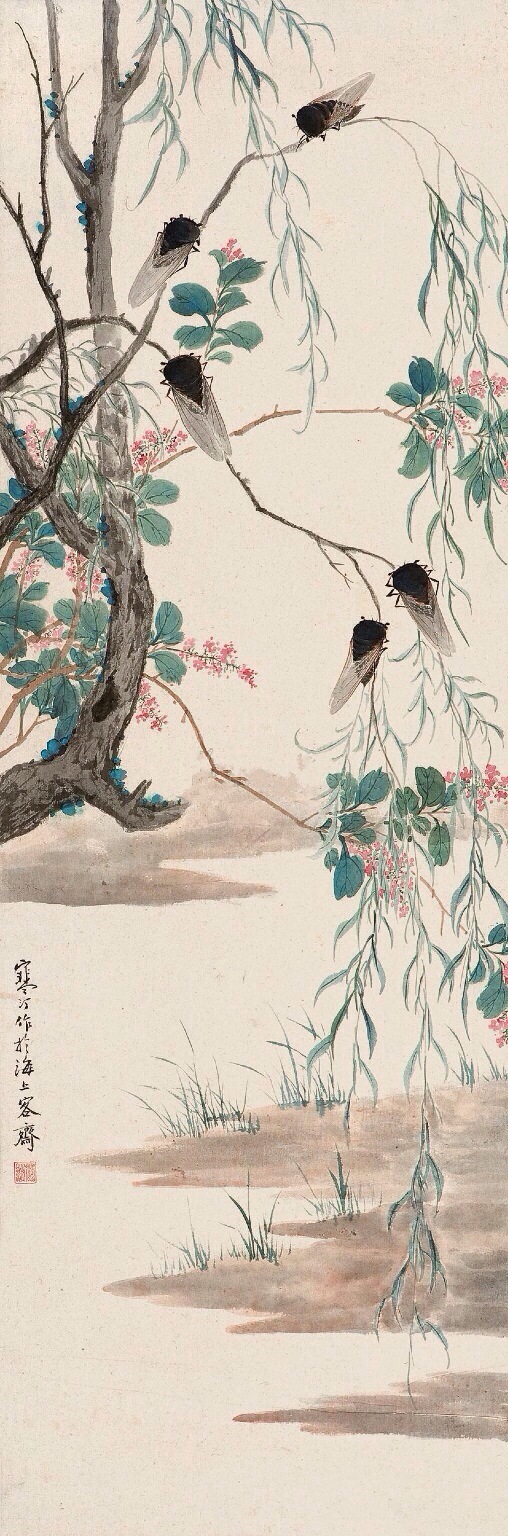
垂緌饮清露，流响出疏桐。